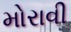
મોરાવી